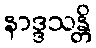
နာဒ္ဒသန္တိ